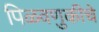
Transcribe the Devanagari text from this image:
पिळवणुकीचे